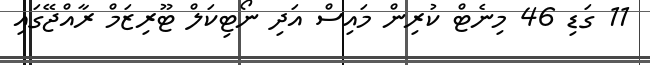
11 ގަޑި 46 މިނެޓް ކުރިން މައިސް އަދި ނޯޓިކަލް ޓޫރިޒަމް ރާއްޖޭގައި